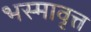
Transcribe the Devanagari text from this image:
भस्मावृत्त